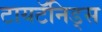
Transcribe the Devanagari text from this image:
टायटॅनिड्स